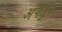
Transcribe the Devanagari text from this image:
अंगतुर